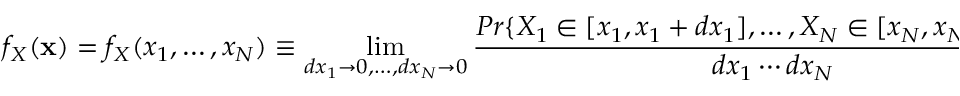
f _ { X } ( { \bf x } ) = f _ { X } ( x _ { 1 } , \dots , x _ { N } ) \equiv \operatorname* { l i m } _ { d x _ { 1 } \to 0 , \dots , d x _ { N } \to 0 } \frac { P r \{ X _ { 1 } \in [ x _ { 1 } , x _ { 1 } + d x _ { 1 } ] , \dots , X _ { N } \in [ x _ { N } , x _ { N } + d x _ { N } ] \} } { d x _ { 1 } \cdots d x _ { N } } \mathrm { ~ . ~ }